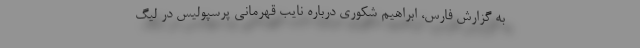
به گزارش فارس، ابراهیم شکوری درباره نایب قهرمانی پرسپولیس در لیگ